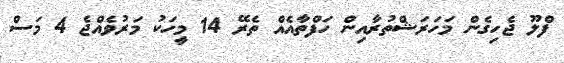
ފްލޫ ޖެހިގެން މަހަރަޝްތުރާއިން ހަފްތާއެއް ތެރޭ 14 މީހަކު މަރުވެއްޖެ 4 މަސް